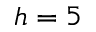
h = 5